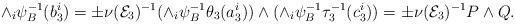
LaTeX: \begin{align*}\wedge_{i}\psi_B^{-1}(b_3^i) = \pm \nu(\mathcal{E}_3)^{-1} (\wedge_{i}\psi_B^{-1}\theta_3(a_3^i))\wedge (\wedge_{i} \psi_B^{-1}\tau_3^{-1}(c_3^i)) = \pm \nu(\mathcal{E}_3)^{-1} P \wedge Q.\end{align*}